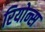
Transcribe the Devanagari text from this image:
रियोन्स